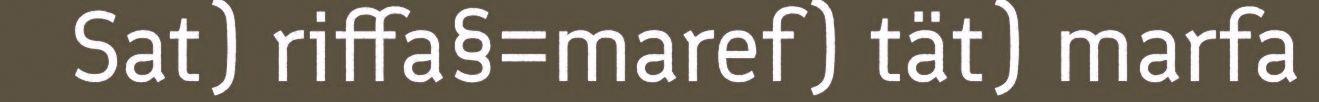
Sat) riffa§=maref) tät) marfa